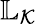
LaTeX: \mathbb{L}_{\mathcal{K}}